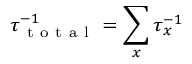
\tau _ { \mathrm { ~ t ~ o ~ t ~ a ~ l ~ } } ^ { - 1 } = \sum _ { x } \tau _ { x } ^ { - 1 }